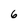
Character: 6